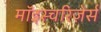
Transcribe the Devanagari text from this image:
मॉइस्चरिज़ेर्स